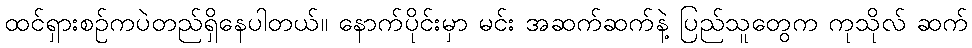
ထင်ရှားစဉ်ကပဲတည်ရှိနေပါတယ်။ နောက်ပိုင်းမှာ မင်း အဆက်ဆက်နဲ့ ပြည်သူတွေက ကုသိုလ် ဆက်